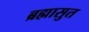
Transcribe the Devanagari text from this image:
ब्रह्मासुत